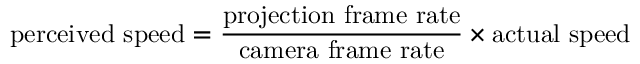
\mathrm { p e r c e i v e d \ s p e e d } = { \frac { \mathrm { p r o j e c t i o n \ f r a m e \ r a t e } } { \mathrm { c a m e r a \ f r a m e \ r a t e } } } \times \mathrm { a c t u a l \ s p e e d }